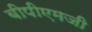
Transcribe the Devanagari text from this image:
बीपीएमजी